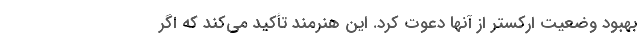
بهبود وضعیت ارکستر از آنها دعوت کرد. این هنرمند تأکید می‌کند که اگر